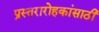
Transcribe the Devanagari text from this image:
प्रस्तरारोहकांसाठी